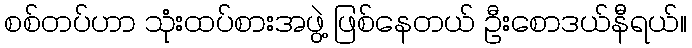
စစ်တပ်ဟာ သုံးထပ်စားအဖွဲ့ ဖြစ်နေတယ် ဦးစောဒယ်နီရယ်။